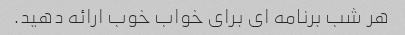
هر شب برنامه ای برای خواب خوب ارائه دهید.